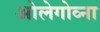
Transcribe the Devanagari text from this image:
ओलेगोव्ना